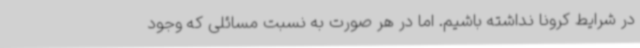
در شرایط کرونا نداشته باشیم. اما در هر صورت به نسبت مسائلی که وجود